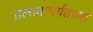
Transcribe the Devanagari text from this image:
तलावापर्यंतच्या